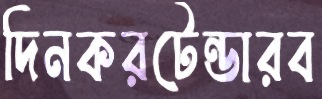
দিনকরটেন্ডারব